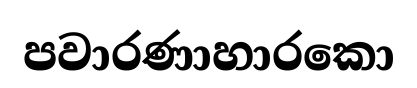
පවාරණාහාරකො